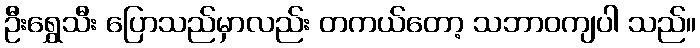
ဦးရွှေသီး ပြောသည်မှာလည်း တကယ်တော့ သဘာဝကျပါ သည်။